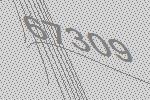
67309